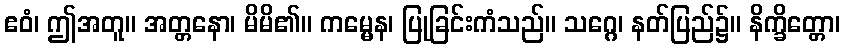
ဧဝံ၊ ဤအတူ။ အတ္တနော၊ မိမိ၏။ ကမ္မေန၊ ပြုခြင်းကံသည်။ သဂ္ဂေ၊ နတ်ပြည်၌။ နိက္ခိတ္တော၊